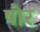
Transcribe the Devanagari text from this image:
षोर